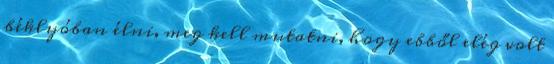
béklyóban élni, meg kell mutatni, hogy ebből elég volt